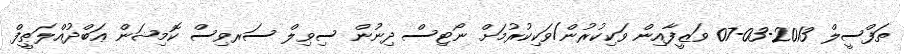
ތަފްސީލް 2013-03-07 ވަޒީފާއިން ވަކިކުރުން/ވަކިކުރުމަށް ނޯޓިސް ދިނުން ސިވިލް ސަރވިސް ކޮމިޝަން ޢަބްދުއްލަޠީފް